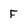
Character: F